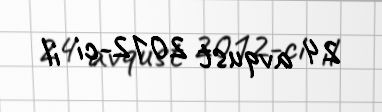
24 avqust 2012-ci il